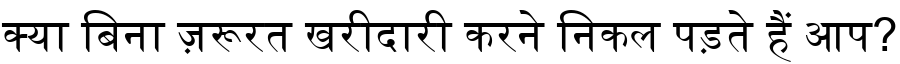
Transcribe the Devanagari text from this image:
क्या बिना ज़रूरत खरीदारी करने निकल पड़ते हैं आप?